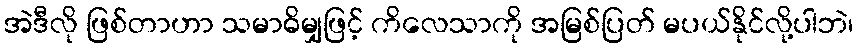
အဲဒီလို ဖြစ်တာဟာ သမာဓိမျှဖြင့် ကိလေသာကို အမြစ်ပြတ် မပယ်နိုင်လို့ပါဘဲ၊